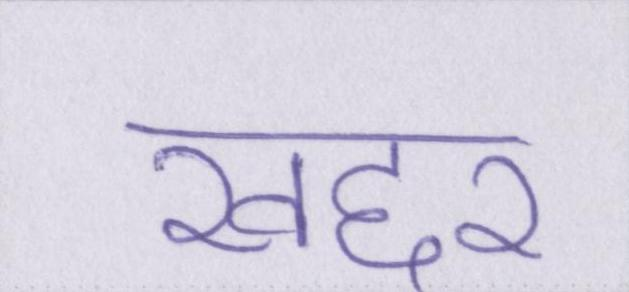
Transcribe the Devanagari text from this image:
खद्दर